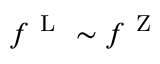
f ^ { \mathrm { ~ L ~ } } \sim f ^ { \mathrm { ~ Z ~ } }